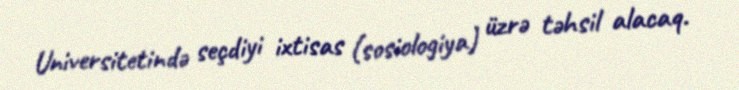
Universitetində seçdiyi ixtisas (sosiologiya) üzrə təhsil alacaq.